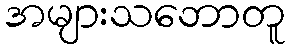
အများသဘောတူ